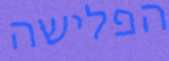
הפלישה